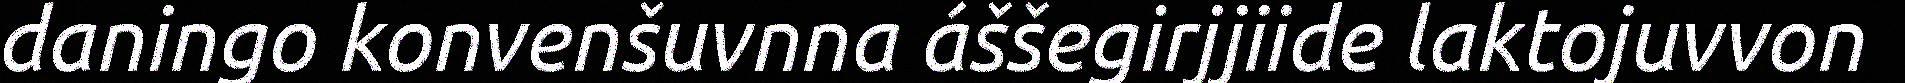
daningo konvenšuvnna áššegirjjiide laktojuvvon